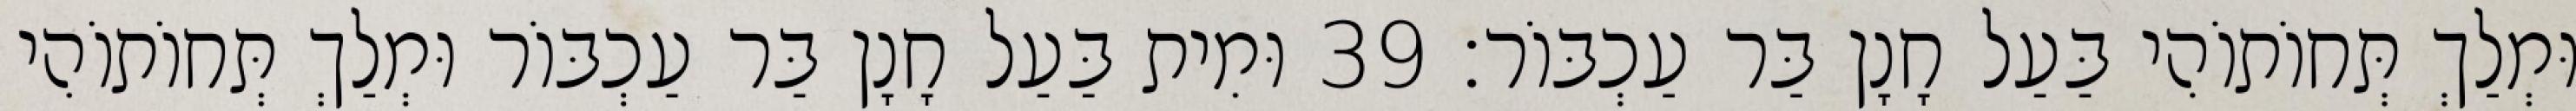
וּמְלַךְ תְּחוֹתוֹהִי בַּעַל חָנָן בַּר עַכְבּוֹר׃ 39 וּמִית בַּעַל חָנָן בַּר עַכְבּוֹר וּמְלַךְ תְּחוֹתוֹהִי